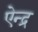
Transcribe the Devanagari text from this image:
ऐन्‍द्र